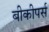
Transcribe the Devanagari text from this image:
बीकीपर्स